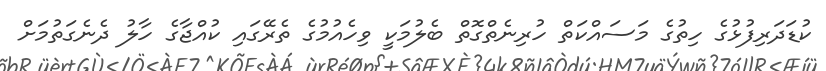
ކުޑަދަރިފުޅުގެ ހިތުގެ މަސައްކަތް ހުރިނެތްގޮތް ބެލުމަކީ ވިހެއުމުގެ ތެރޭގައި ކުއްޖާގެ ހާލު ދެނެގަތުމަށް